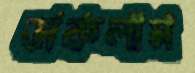
ডাকলাম